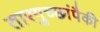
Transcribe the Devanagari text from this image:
तारगुच्छांपैकी